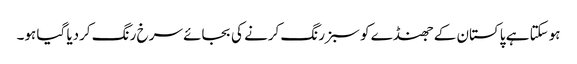
ہوسکتا ہے پاکستان کے جھنڈے کو سبز رنگ کرنے کی بجائے سرخ رنگ کردیا گیا ہو۔